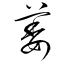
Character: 萎